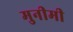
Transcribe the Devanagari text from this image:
मुनीमी